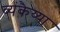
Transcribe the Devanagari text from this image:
व्यंकैय्या